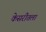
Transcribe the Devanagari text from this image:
केसरीतला